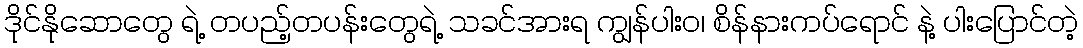
ဒိုင်နိုဆောတွေ ရဲ့ တပည့်တပန်းတွေရဲ့ သခင်အားရ ကျွန်ပါးဝ၊ စိန်နားကပ်ရောင် နဲ့ ပါးပြောင်တဲ့